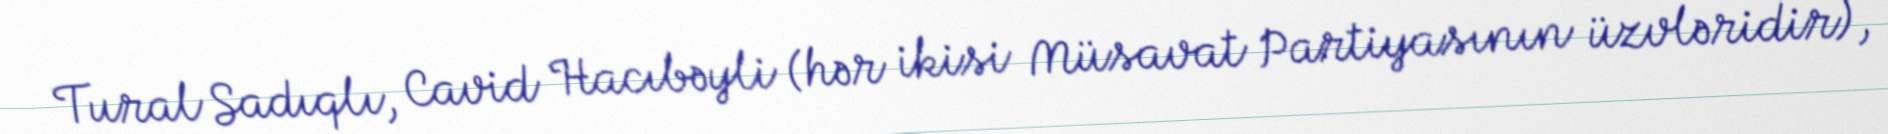
Tural Sadıqlı, Cavid Hacıbəyli (hər ikisi Müsavat Partiyasının üzvləridir),